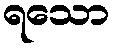
ရသော